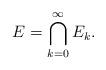
LaTeX: \begin{align*}E=\bigcap_{k=0}^\infty E_k.\end{align*}